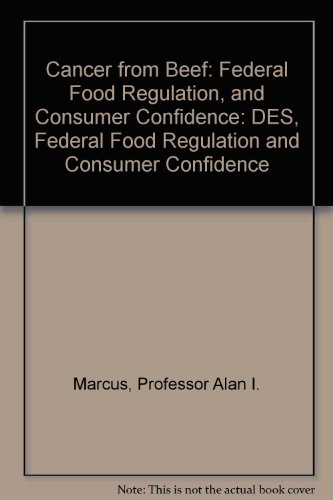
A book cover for Cancer from Beef: DES, Federal Food Regulation, and Consumer Confidence; Alan I. Marcus; Health, Fitness & Dieting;